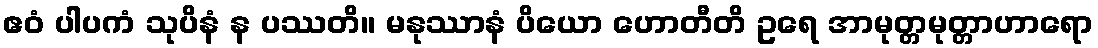
ဧဝံ ပါပကံ သုပိနံ န ပဿတိ။ မနုဿာနံ ပိယော ဟောတီတိ ဥရေ အာမုတ္တမုတ္တာဟာရော